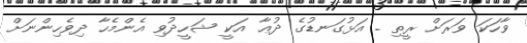
ވާހަކަ ވަރަށް ރީތި . އަޅުގަނޑުގެ ދުޢާ އަކީ ޝަހީދުވި އެންމެހާ ދިވެހިންނަށް